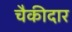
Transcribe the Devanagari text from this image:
चैकीदार